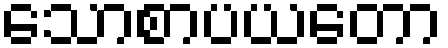
သောစာပယတော